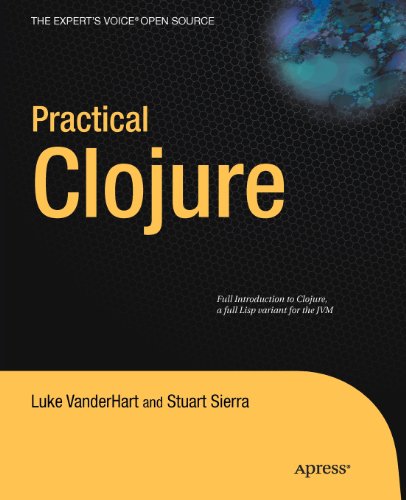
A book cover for Practical Clojure (Expert's Voice in Open Source); Luke VanderHart; Computers & Technology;